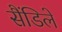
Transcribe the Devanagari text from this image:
सैंडिले